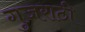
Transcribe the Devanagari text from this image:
गुजराठी